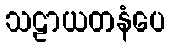
သဠာယတနံပေ